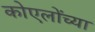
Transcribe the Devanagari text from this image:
कोएलोंच्या